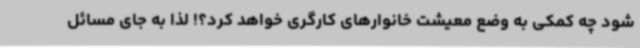
شود چه کمکی به وضع معیشت خانوارهای کارگری خواهد کرد؟! لذا به جای مسائل